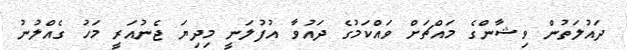
ދައުލަތުން ވިޝާންގެ މައްޗަށް ވައްކަމުގެ ދައުވާ އުފުލަނީ މިދިޔަ ޖެނުއަރީ މަހު ގެއްލުނު